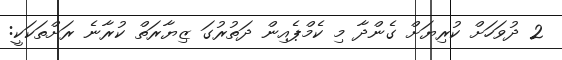
2 ދުވަހަށް ކުރިޔަށް ގެންދާ މި ކެމްޕެއިން ދަތުރުގަ ޒިޔާރަތް ކުރާނެ ރަށްތަކަކީ: